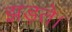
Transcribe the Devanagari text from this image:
झड़ते।